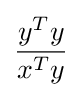
{\frac {y^{T}y}{x^{T}y}}